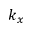
k _ { x }